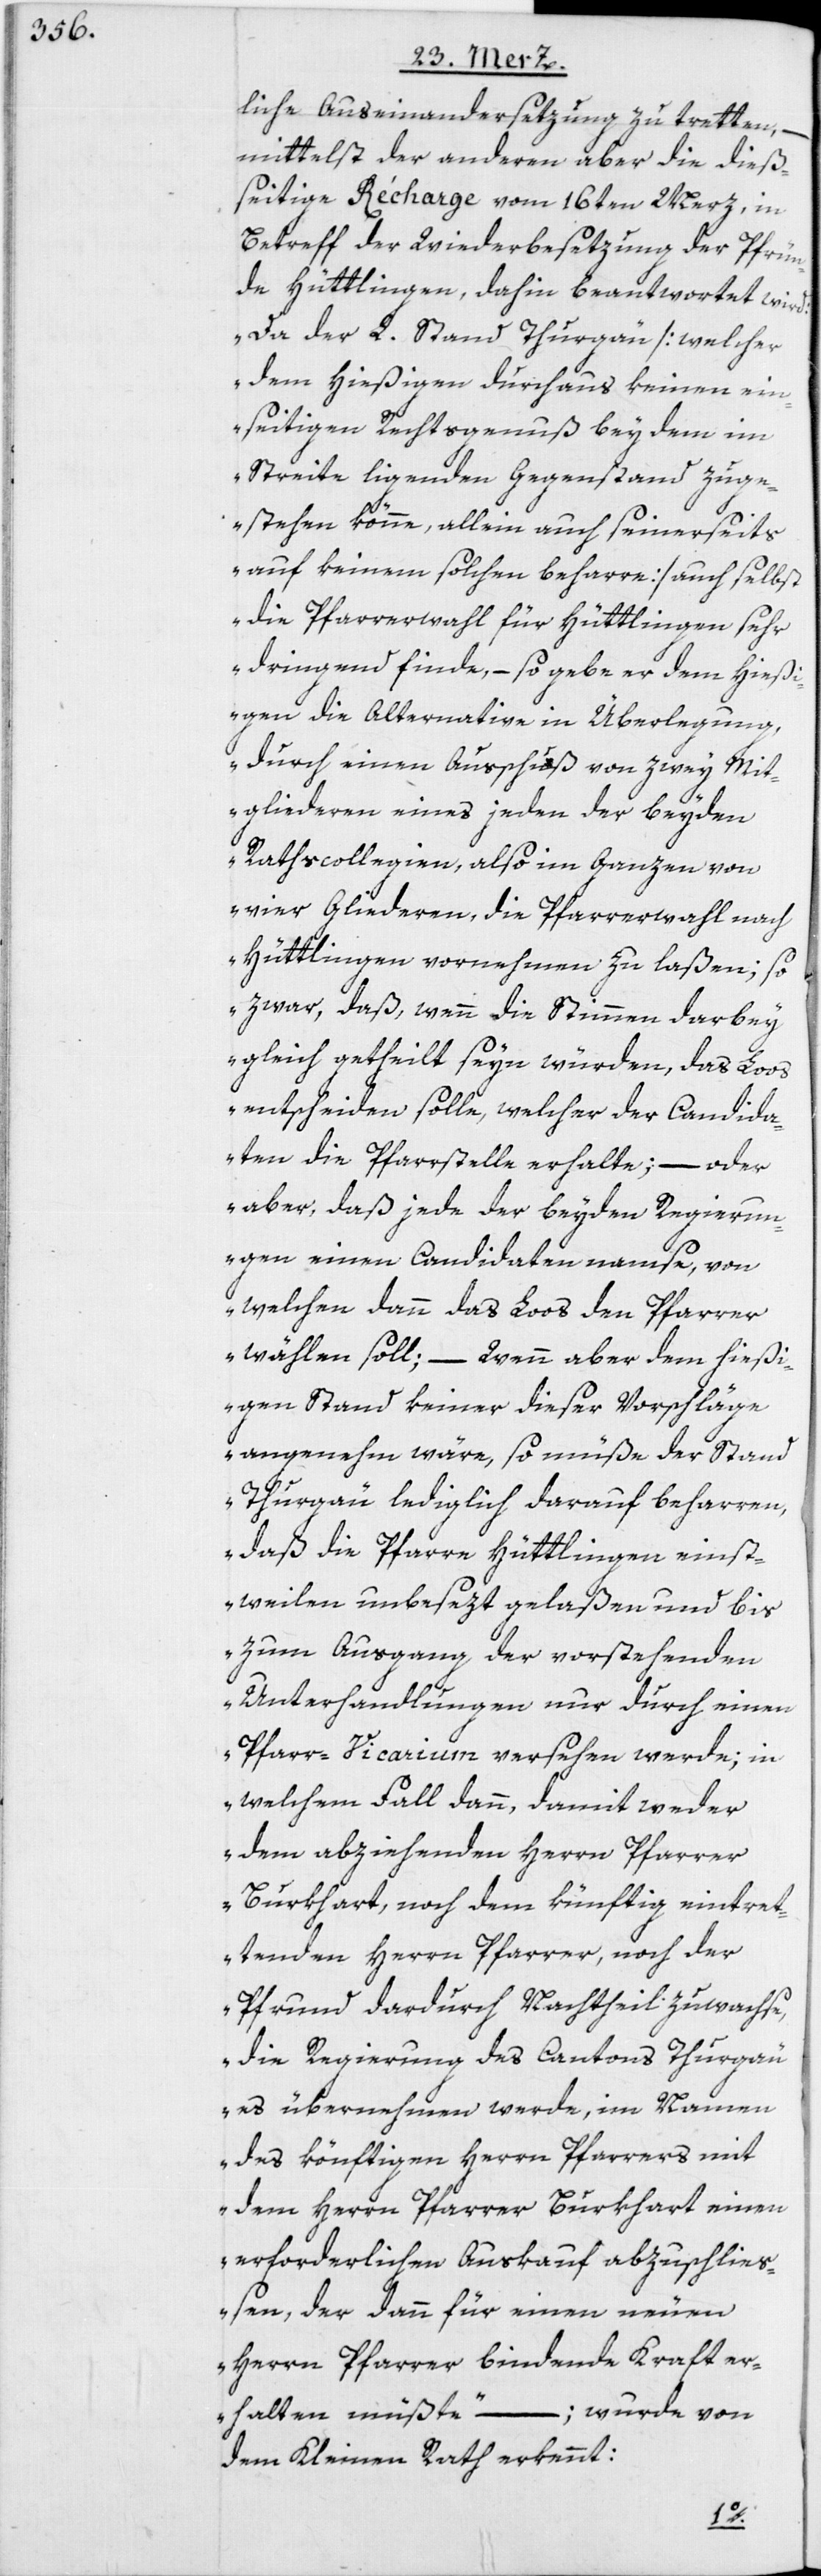
liche Auseinandersetzung zu tretten, –
mittelst der anderen aber die dieß¬
seitige Récharge vom 16ten Merz, in
Betreff der Wiederbesetzung der Pfrün¬
de Hüttlingen, dahin beantwortet wird:
„Da der L. Stand Thurgau [welcher
dem Hießigen durchaus keinen ein¬
seitigen Rechtsgenuß bey dem im
Streite liegenden Gegenstand zuge¬
stehen könne, allein auch seinerseits
auf keinem solchen beharre] auch selbst
die Pfarrerwahl für Hüttlingen sehr
dringend finde, – so gebe er dem Hießi¬
gen die Alternative in Überlegung,
durch einen Ausschuß von zwey Mit¬
gliederen eines jeden der beyden
Rathscollegien, also im Ganzen von
vier Gliederen, die Pfarrerwahl nach
Hüttlingen vornehmen zu laßen; so
zwar, daß, wenn die Stimmen darbey
gleich getheilt seyn würden, das Loos
entscheiden solle, welcher der Candida¬
ten die Pfarrstelle erhalte; – oder
aber, daß jede der beyden Regierun¬
gen einen Candidaten namse, von
welchen dann das Loos den Pfarrer
wählen soll; – wenn aber dem hießi¬
gen Stand keiner dieser Vorschläge
angenehm wäre, so müße der Stand
Thurgau lediglich darauf beharren,
daß die Pfarre Hüttlingen einst¬
weilen unbesezt gelaßen und bis
zum Ausgang der vorstehenden
Unterhandlungen nur durch einen
Pfarr-Vicarium versehen werde; in
welchem Fall dann, damit weder
dem abziehenden Herrn Pfarrer
Burkhart, noch dem künftig eintret¬
tenden Herrn Pfarrer, noch der
Pfrund dardurch Nachtheil zuwachse,
die Regierung des Cantons Thurgau
es übernehmen werde, im Namen
des könftigen Herrn Pfarrers mit
dem Herrn Pfarrer Burkhart einen
erforderlichen Auskauf abzuschließ¬
en, der dann für einen neuen
Herrn Pfarrer bindende Kraft er¬
halten müßte“ –; wurde von
dem Kleinen Rath erkennt: